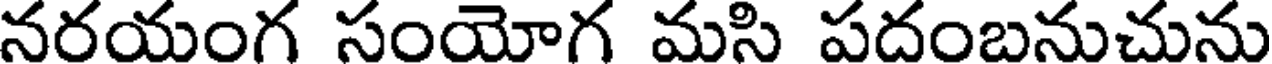
నరయంగ సంయోగ మసి పదంబనుచును